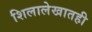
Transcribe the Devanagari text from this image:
शिलालेखातही